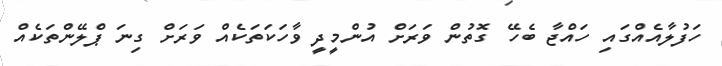
ހަފުލާއެއްގައި ހައްޖާ ބެހޭ ގޮތުން ވަރަށް އުންމީދީ ވާހަކަތަކެއް ވަރަށް ގިނަ ޕްލޭންތަކެއް